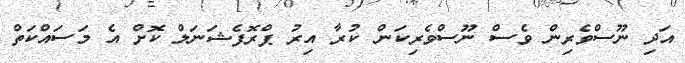
އަދި ނޫސްވެރިން ވެސް ނޫސްވެރިކަން ކުރާ އިރު ޕްރޮފެޝަނަލް ކޮށް އެ މަސައްކަތް